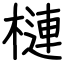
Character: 槤